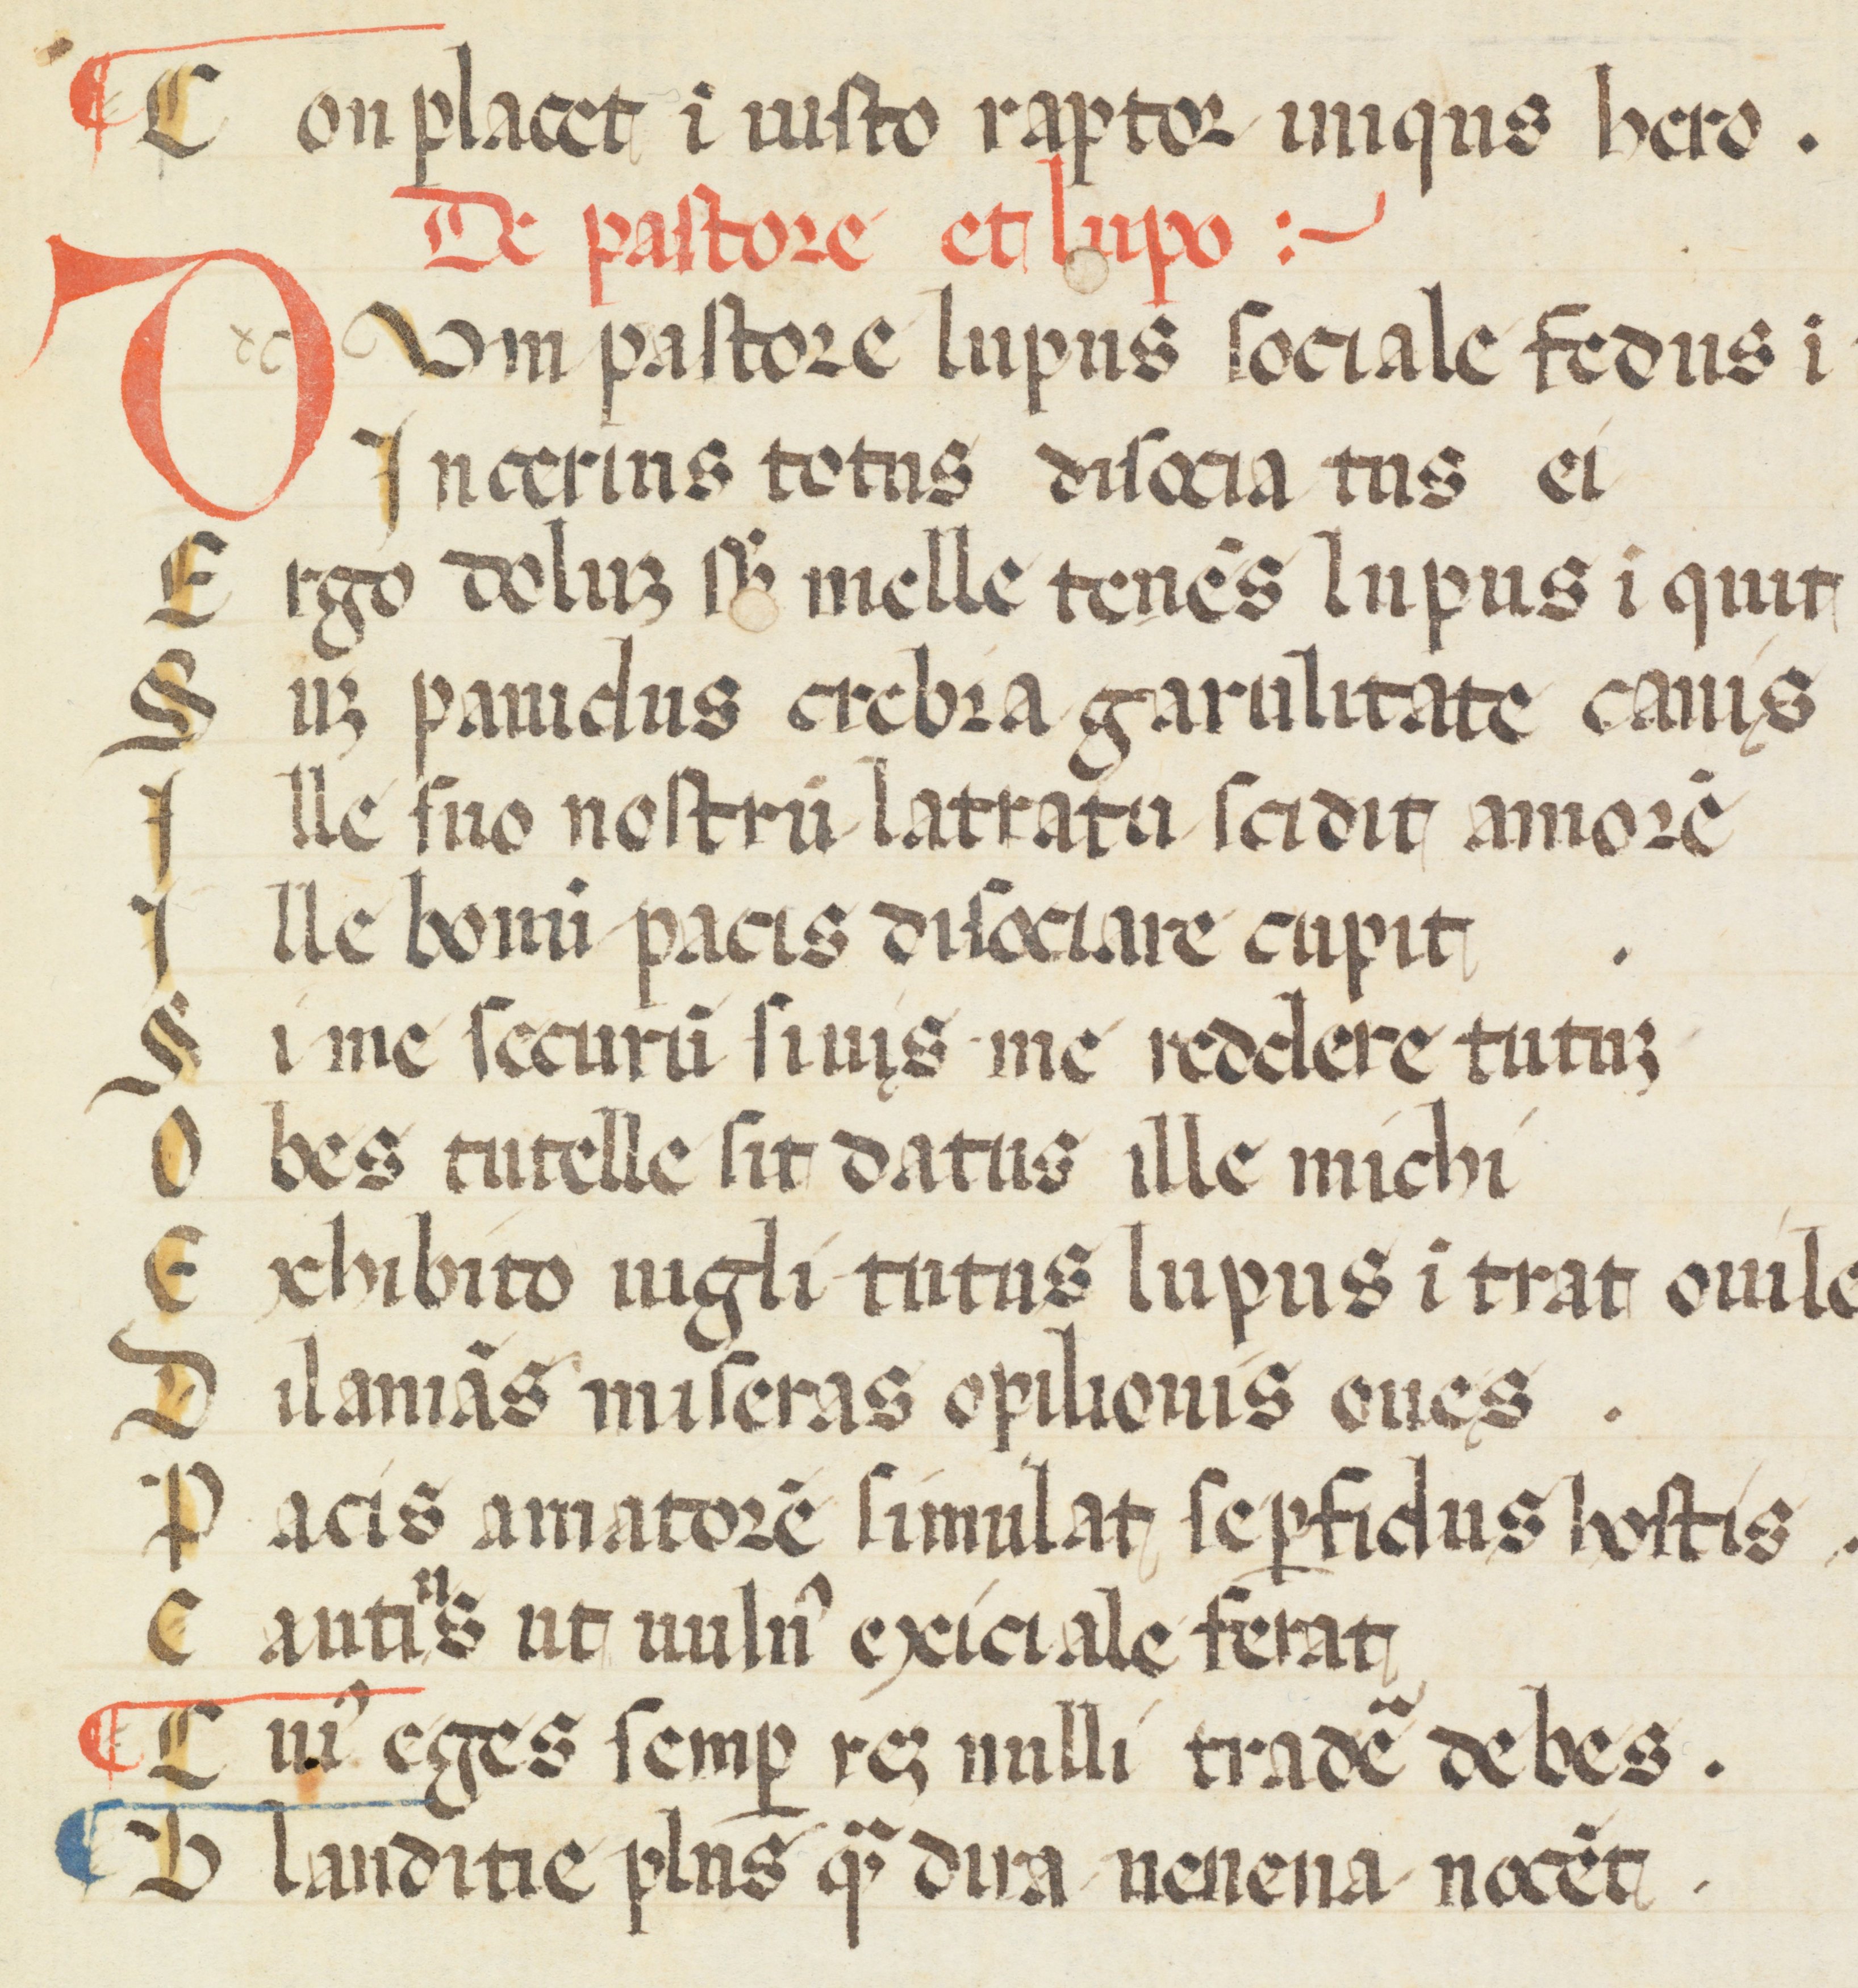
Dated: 1300–1399